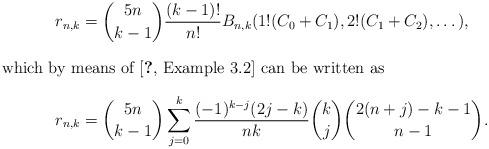
LaTeX: \begin{align*} r_{n,k} &= \binom{5n}{k-1}\frac{(k-1)!}{n!} B_{n,k}(1!(C_0+C_1), 2!(C_1+C_2),\dots),\intertext{which by means of \cite[Example~3.2]{WW09} can be written as} r_{n,k} &= \binom{5n}{k-1} \sum_{j=0}^k \frac{(-1)^{k-j}(2j-k)}{nk} \binom{k}{j} \binom{2(n+j)-k-1}{n-1}.\end{align*}